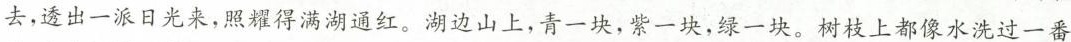
去，透出一派日光来，照耀得满湖通红。湖边山上，青一块，紫一块，绿一块。树枝上都像水洗过一番